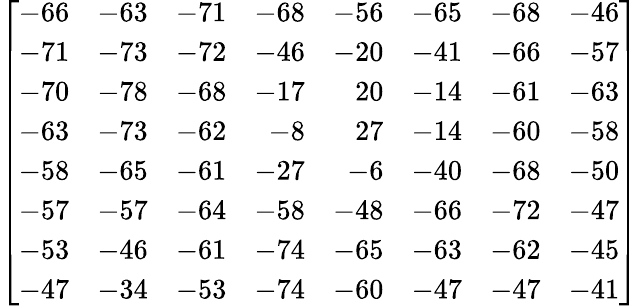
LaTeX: \left[{\begin{array}{rrrrrrrr}{-66}&{-63}&{-71}&{-68}&{-56}&{-65}&{-68}&{-46}\\ {-71}&{-73}&{-72}&{-46}&{-20}&{-41}&{-66}&{-57}\\ {-70}&{-78}&{-68}&{-17}&{20}&{-14}&{-61}&{-63}\\ {-63}&{-73}&{-62}&{-8}&{27}&{-14}&{-60}&{-58}\\ {-58}&{-65}&{-61}&{-27}&{-6}&{-40}&{-68}&{-50}\\ {-57}&{-57}&{-64}&{-58}&{-48}&{-66}&{-72}&{-47}\\ {-53}&{-46}&{-61}&{-74}&{-65}&{-63}&{-62}&{-45}\\ {-47}&{-34}&{-53}&{-74}&{-60}&{-47}&{-47}&{-41}\end{array}}\right]